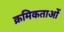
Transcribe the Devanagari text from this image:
क्रमिकताओं